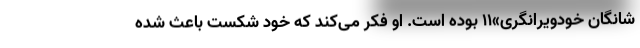
شانگان خودویرانگری»۱۱ بوده است. او فکر می‌کند که خودِ شکست باعث شده